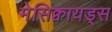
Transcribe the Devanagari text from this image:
मेसिक्वायड्स